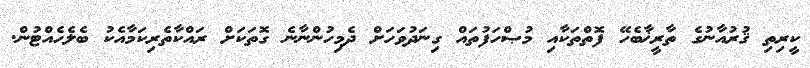
ކީރިތި ޤުރުއާނުގެ ތާރީޚާބެހޭ ފޮތްތަކާއި މުޞްހަފުތައް ގިނަދުވަހަށް ދެމިހުންނާނެ ގޮތަކަށް ރައްކާތެރިކަމާއެކު ބެލެހެއްޓުން.